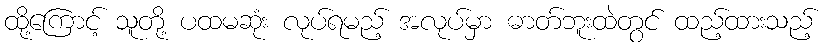
ထို့ကြောင့် သူတို့ ပထမဆုံး လုပ်ရမည့် အလုပ်မှာ ဓာတ်ဘူးထဲတွင် ထည့်ထားသည့်